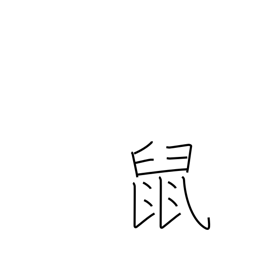
Meaning: rat